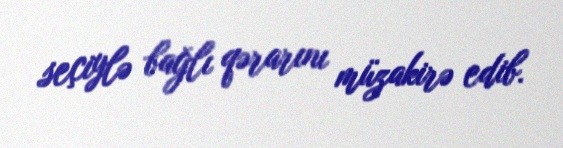
seçiylə bağlı qərarını müzakirə edib.